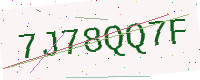
Text: 7J78QQ7F